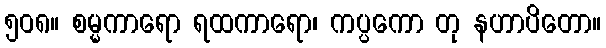
၅၀၈။ စမ္မကာရော ရထကာရော၊ ကပ္ပကော တု နဟာပိတော။